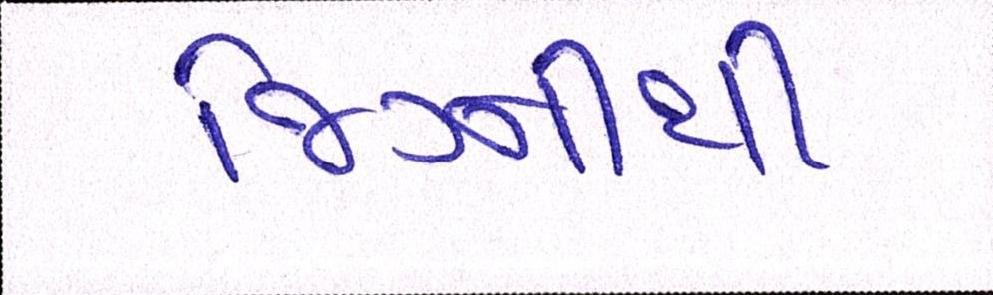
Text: જિગ્નીથી